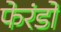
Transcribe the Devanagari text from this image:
फेरंडो